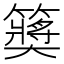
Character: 𱸮